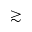
\gtrsim